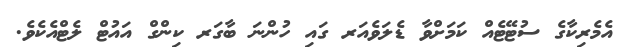
އެމެރިކާގެ ސުޓޭޓެއް ކަމަށްވާ ޑެލަވެއަރ ގައި ހުންނަ ބާގަރ ކިންގް އައުޓް ލެޓްއެކެވެ.